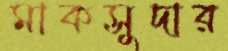
মাকসুদার